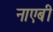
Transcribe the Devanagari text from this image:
नाएबी